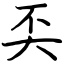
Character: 奀